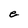
Character: e